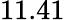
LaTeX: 11.41